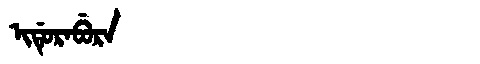
Manchu: ᡳᡩᡠᡵᠠᠪᡠᡵᠠ
Romanization: IDURABURA